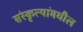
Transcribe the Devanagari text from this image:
संस्कृत्यांमधील